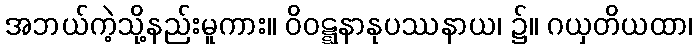
အဘယ်ကဲ့သို့နည်းမူကား။ ဝိဝဋ္ဋနာနုပဿနာယ၊ ၌။ ဂယှတိယထာ၊